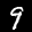
Label: 9